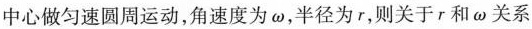
中心做匀速圆周运动，角速度为ω，半径为r，则关于r和ω关系